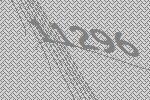
11296